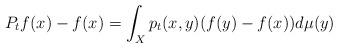
LaTeX: \begin{align*}P_t f(x) -f(x)=\int_X p_t(x,y) (f(y)-f(x)) d\mu(y)\end{align*}